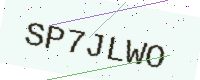
Text: SP7JLWO